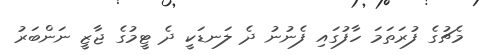
މެޗުގެ ފުރަތަމަ ހާފުގައި ފެނުނު ދެ ލަނޑަކީ ދެ ޓީމުގެ ޖާޒީ ނަންބަރު